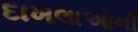
દાખલાઓની